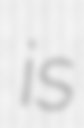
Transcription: is